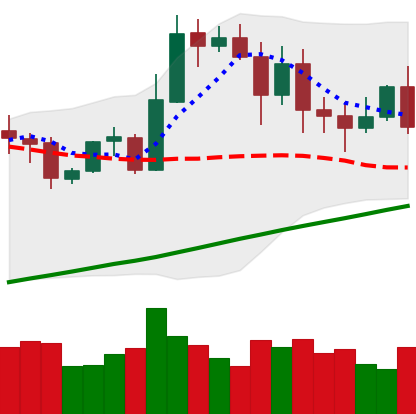
Ticker: ETH-USD
Chart end date: 2020-11-02
Forward return: 13.717%
Label: up_7plus